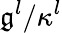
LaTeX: \mathfrak{g}^{l}/\kappa^{l}